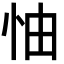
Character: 怞